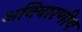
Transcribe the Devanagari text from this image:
अनिवारणीय